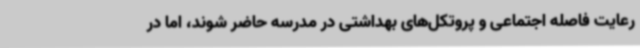
رعایت فاصله اجتماعی و پروتکل‌های بهداشتی در مدرسه حاضر شوند، اما در